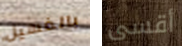
بالغسيل أقسى